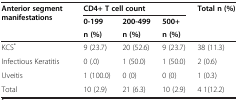
| <ROWSPAN=3> Anterior segment manifestations | <COLSPAN=3> CD4+ T cell count | <ROWSPAN=3> Total n (%) |
 | 0-199 | 200-499 | 500+ |
 | n (%) | n (%) | n (%) |
 | --- | --- | --- | --- | --- |
 | KCS* | 9 (23.7) | 20 (52.6) | 9 (23.7) | 38 (11.3) |
 | Infectious Keratitis | 0 (.0) | 1 (50.0) | 1 (50.0) | 2 (0.6) |
 | Uveitis | 1 (100.0) | 0 (0) | 0 (0) | 1 (0.3) |
 | Total | 10 (2.9) | 21 (6.3) | 10 (2.9) | 4 1(12.2) |